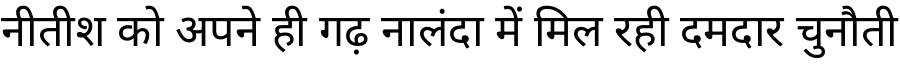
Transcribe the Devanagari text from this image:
नीतीश को अपने ही गढ़ नालंदा में मिल रही दमदार चुनौती